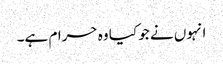
انہوں نے جو کیا وہ حرام ہے۔